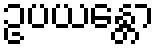
ဥပယန္တော